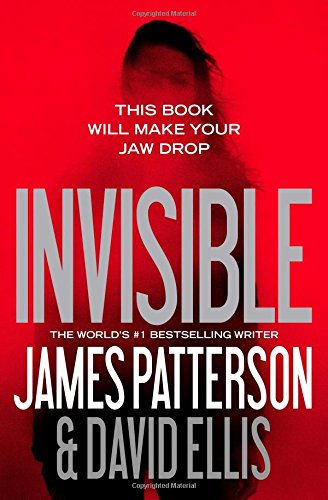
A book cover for Invisible; James Patterson; Mystery, Thriller & Suspense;